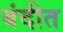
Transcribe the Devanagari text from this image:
बंदीत